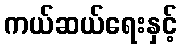
ကယ်ဆယ်ရေးနှင့်